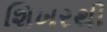
શિખરથી